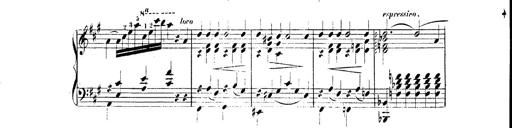
Title: 3 Caprices-Valses
Composer: Franz Liszt